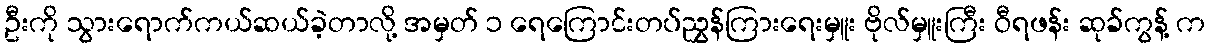
ဦးကို သွားရောက်ကယ်ဆယ်ခဲ့တာလို့ အမှတ် ၁ ရေကြောင်းတပ်ညွှန်ကြားရေးမှူး ဗိုလ်မှူးကြီး ဝီရဖန်း ဆုခ်ကွန့် က